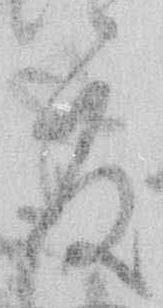
度